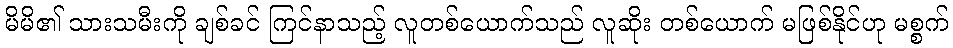
မိမိ၏ သားသမီးကို ချစ်ခင် ကြင်နာသည့် လူတစ်ယောက်သည် လူဆိုး တစ်ယောက် မဖြစ်နိုင်ဟု မစ္စက်